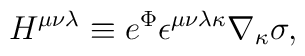
H^{\mu\nu\lambda} \equiv e^{\Phi} \epsilon^{\mu\nu\lambda\kappa}\nabla_{\kappa} \sigma   ,